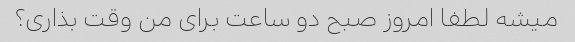
میشه لطفا امروز صبح دو ساعت برای من وقت بذاری؟